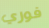
فوري